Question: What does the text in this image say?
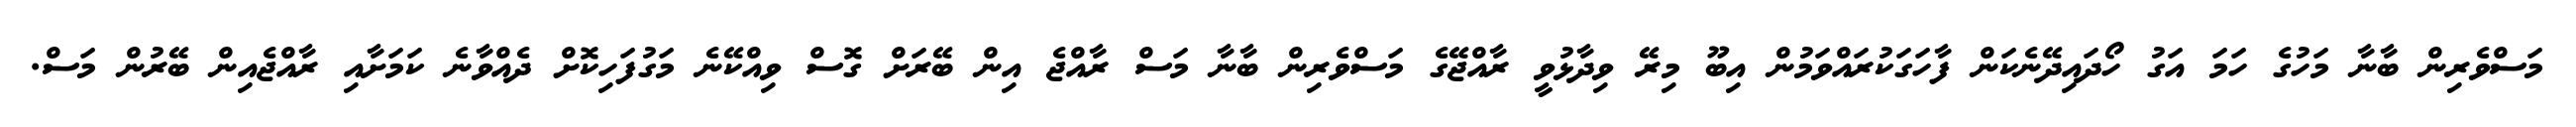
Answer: މަސްވެރިން ބާނާ މަހުގެ ހަމަ އަގު ހޯދައިދޭނެކަން ފާހަގަކުރައްވަމުން އިބޫ މިރޭ ވިދާޅުވީ ރާއްޖޭގެ މަސްވެރިން ބާނާ މަސް ރާއްޖެ އިން ބޭރަށް ގޮސް ވިއްކޭނެ މަގުފަހިކޮށް ދެއްވާނެ ކަމަށާއި ރާއްޖެއިން ބޭރުން މަސް.